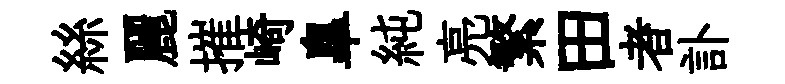
絲麗摧崎臯純亮繁田者訃